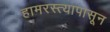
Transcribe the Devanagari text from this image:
हामरस्त्यापासून